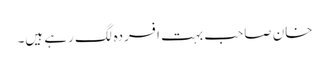
خان صاحب بہت افسردہ لگ رہے ہیں۔